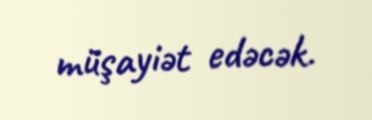
müşayiət edəcək.